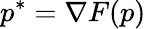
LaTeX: p^{*}=\nabla F(p)